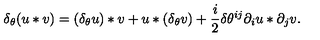
\delta _ { \theta } ( u * v ) = ( \delta _ { \theta } u ) * v + u * ( \delta _ { \theta } v ) + \frac i 2 \delta \theta ^ { i j } \partial _ { i } u * \partial _ { j } v .